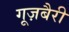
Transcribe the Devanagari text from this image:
गूज़बैरी